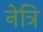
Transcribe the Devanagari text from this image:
नेत्रि